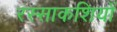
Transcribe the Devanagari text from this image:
रस्साकशियों